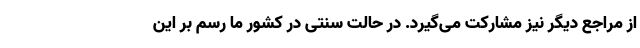
از مراجع دیگر نیز مشارکت می‌گیرد. در حالت سنتی در کشور ما رسم بر این